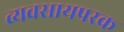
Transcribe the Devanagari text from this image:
व्‍यवसायपरक